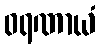
ဝရဏာယံ